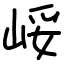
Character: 㟎